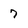
Character: 7